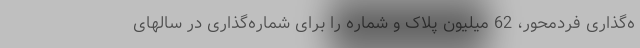
ه‌گذاری فردمحور، 62 میلیون پلاک و شماره را برای شماره‌گذاری در سالهای